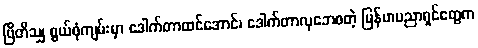
ဗြိတိသျှ စွယ်စုံကျမ်းမှာ ဒေါက်တာထင်အောင်၊ ဒေါက်တာလှဘေစတဲ့ မြန်မာပညာရှင်တွေက